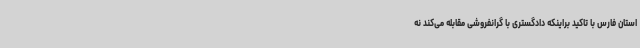
استان فارس با تاکید براینکه دادگستری با گرانفروشی مقابله می‌کند نه